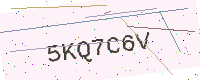
Text: 5KQ7C6V